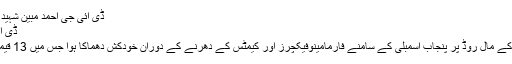
ڈی آئی جی احمد مبین شہید (13 فروری 2017)
ڈی آئی جی احمد مبین شہید
13 فروری کو لاہور کے مال روڈ پر پنجاب اسمبلی کے سامنے فارمامینوفیکچرز اور کیمٹس کے دھرنے کے دوران خودکش دھماکا ہوا جس میں 13 قیمتیں جانیں ضائع ہوئیں۔